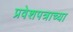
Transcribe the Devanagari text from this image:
प्रवेशपत्राच्या